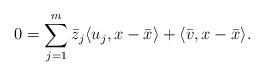
LaTeX: \begin{align*} 0=\sum_{j=1}^{m}{\bar z}_j\langle u_j,x-\bar{x}\rangle+\langle \bar{v},x-\bar{x}\rangle.\end{align*}